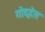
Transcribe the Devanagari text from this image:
गोद्देस